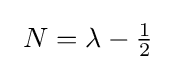
~N=\lambda -{\tfrac {1}{2}}~